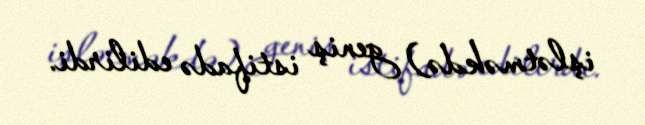
işlətməkdə) geniş istifadə edilirdi.